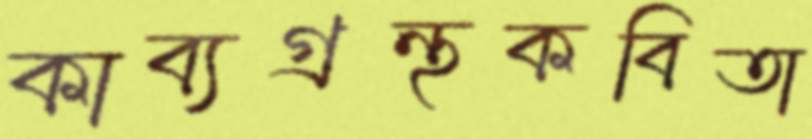
কাব্যগ্রন্থকবিতা